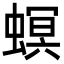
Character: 螟